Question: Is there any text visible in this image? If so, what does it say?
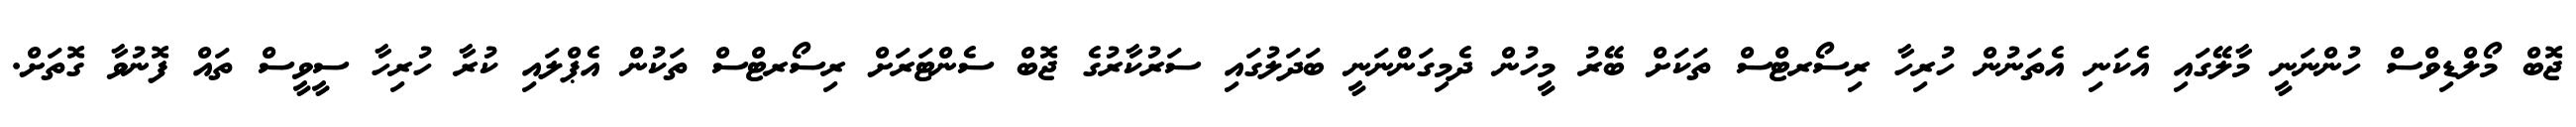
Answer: ޖޮބް މޯލްޑިވްސް ހުންނަނީ މާލޭގައި އެކަނި އެތަނުން ހުރިހާ ރިސޯރޓްސް ތަކަށް ބޭރު މީހުން ދެމިގަންނަނީ ބަދަލުގައި ސަރުކާރުގެ ޖޮބް ސެންޓަރަށް ރިސޯރޓްސް ތަކުން އެޕްލައި ކުރާ ހުރިހާ ސީވީސް ތައް ފޮނުވާ ގޮތަށް.